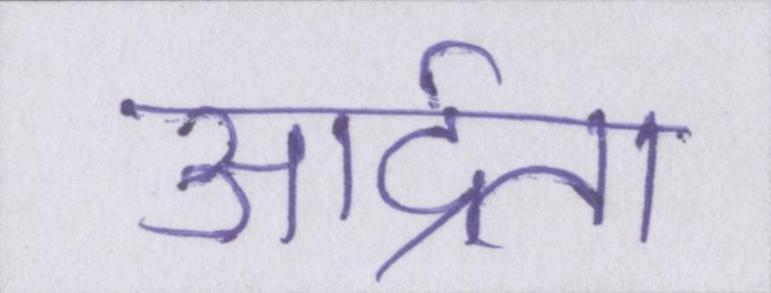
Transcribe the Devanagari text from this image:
आर्द्रता